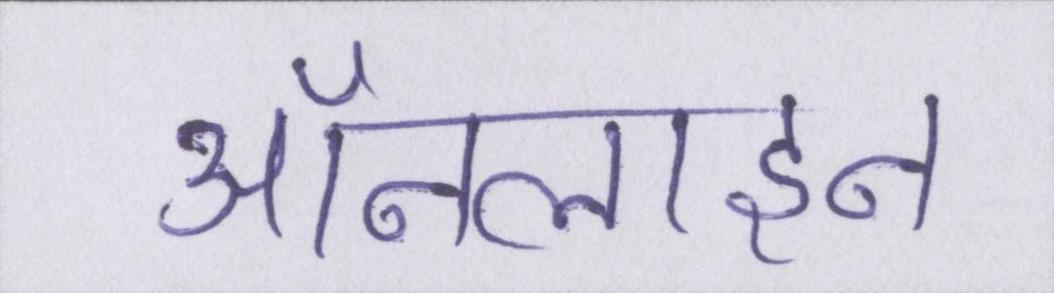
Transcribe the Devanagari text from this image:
ऑनलाइन